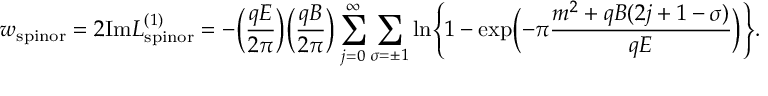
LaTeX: w _ { \mathrm { s p i n o r } } = 2 \mathrm { I m } { \cal L } _ { \mathrm { s p i n o r } } ^ { ( 1 ) } = - \Bigl ( \frac { q E } { 2 \pi } \Bigr ) \Bigl ( \frac { q B } { 2 \pi } \Bigr ) \sum _ { j = 0 } ^ { \infty } \sum _ { \sigma = \pm 1 } \ln \Biggl \{ 1 - \exp \Bigl ( - \pi \frac { m ^ { 2 } + q B ( 2 j + 1 - \sigma ) } { q E } \Bigr ) \Biggr \} .